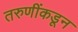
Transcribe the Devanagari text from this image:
तरुणींकडून